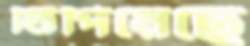
টিপিয়েছে